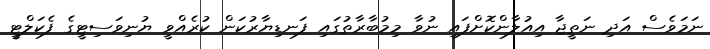
ނަމަވެސް އަދި ނަތީޖާ އިއުލާންކޮށްފައި ނުވާ މިމުބާރާތުގައި ފަނޑިޔާރުކަން ކުރެއްވީ ޔުނިވަސިޓީގެ ފެކަލްޓީ